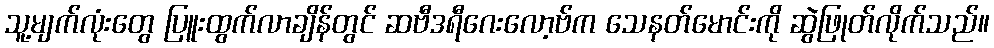
သူ့မျက်လုံးတွေ ပြူးထွက်လာချိန်တွင် ဆဗီဒရီဂေးလော့ဗ်က သေနတ်မောင်းကို ဆွဲဖြုတ်လိုက်သည်။